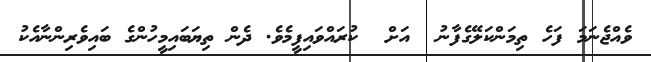
ވެއްޖެނަމަ ފަހެ ތިމަންކަލޭގެފާނު  އަށް  ކުރައްވައިފީމެވެ. ދެން ތިޔަބައިމީހުންގެ ބައިވެރިންނާއެކު